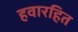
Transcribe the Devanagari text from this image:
हवारहित